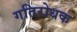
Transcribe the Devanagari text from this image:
गतिरोधक